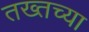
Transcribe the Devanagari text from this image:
तख्तच्या